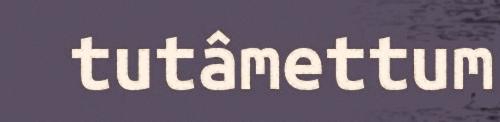
tutâmettum